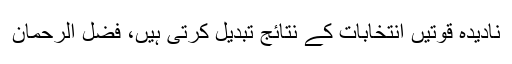
نادیدہ قوتیں انتخابات کے نتائج تبدیل کرتی ہیں، فضل الرحمان